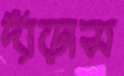
দাঁড়াস